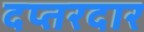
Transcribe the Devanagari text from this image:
दप्तरदार